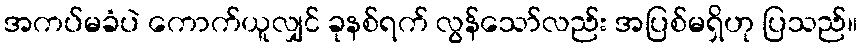
အကပ်မခံပဲ ကောက်ယူလျှင် ခုနစ်ရက် လွန်သော်လည်း အပြစ်မရှိဟု ပြသည်။